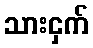
သားငှက်